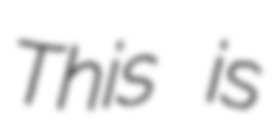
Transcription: This is